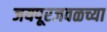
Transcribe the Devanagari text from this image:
जयपूरजवळच्या